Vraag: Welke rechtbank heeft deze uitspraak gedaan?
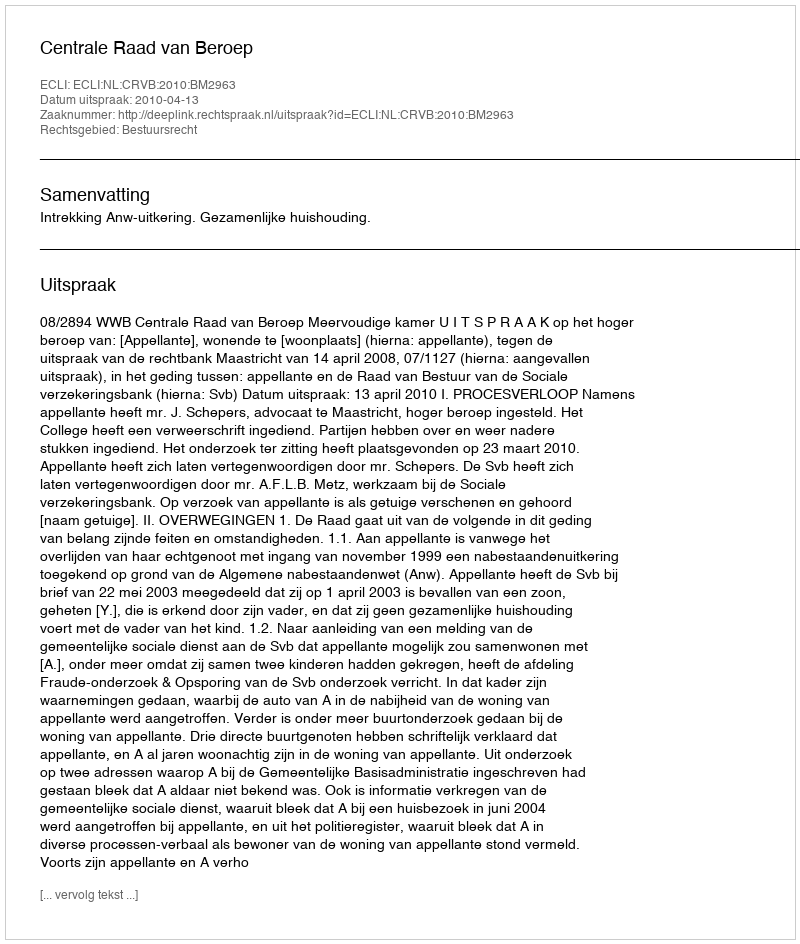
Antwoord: Centrale Raad van Beroep